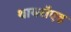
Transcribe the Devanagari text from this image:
थायरॉएड